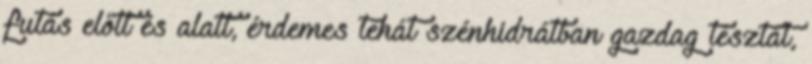
futás előtt és alatt, érdemes tehát szénhidrátban gazdag tésztát,